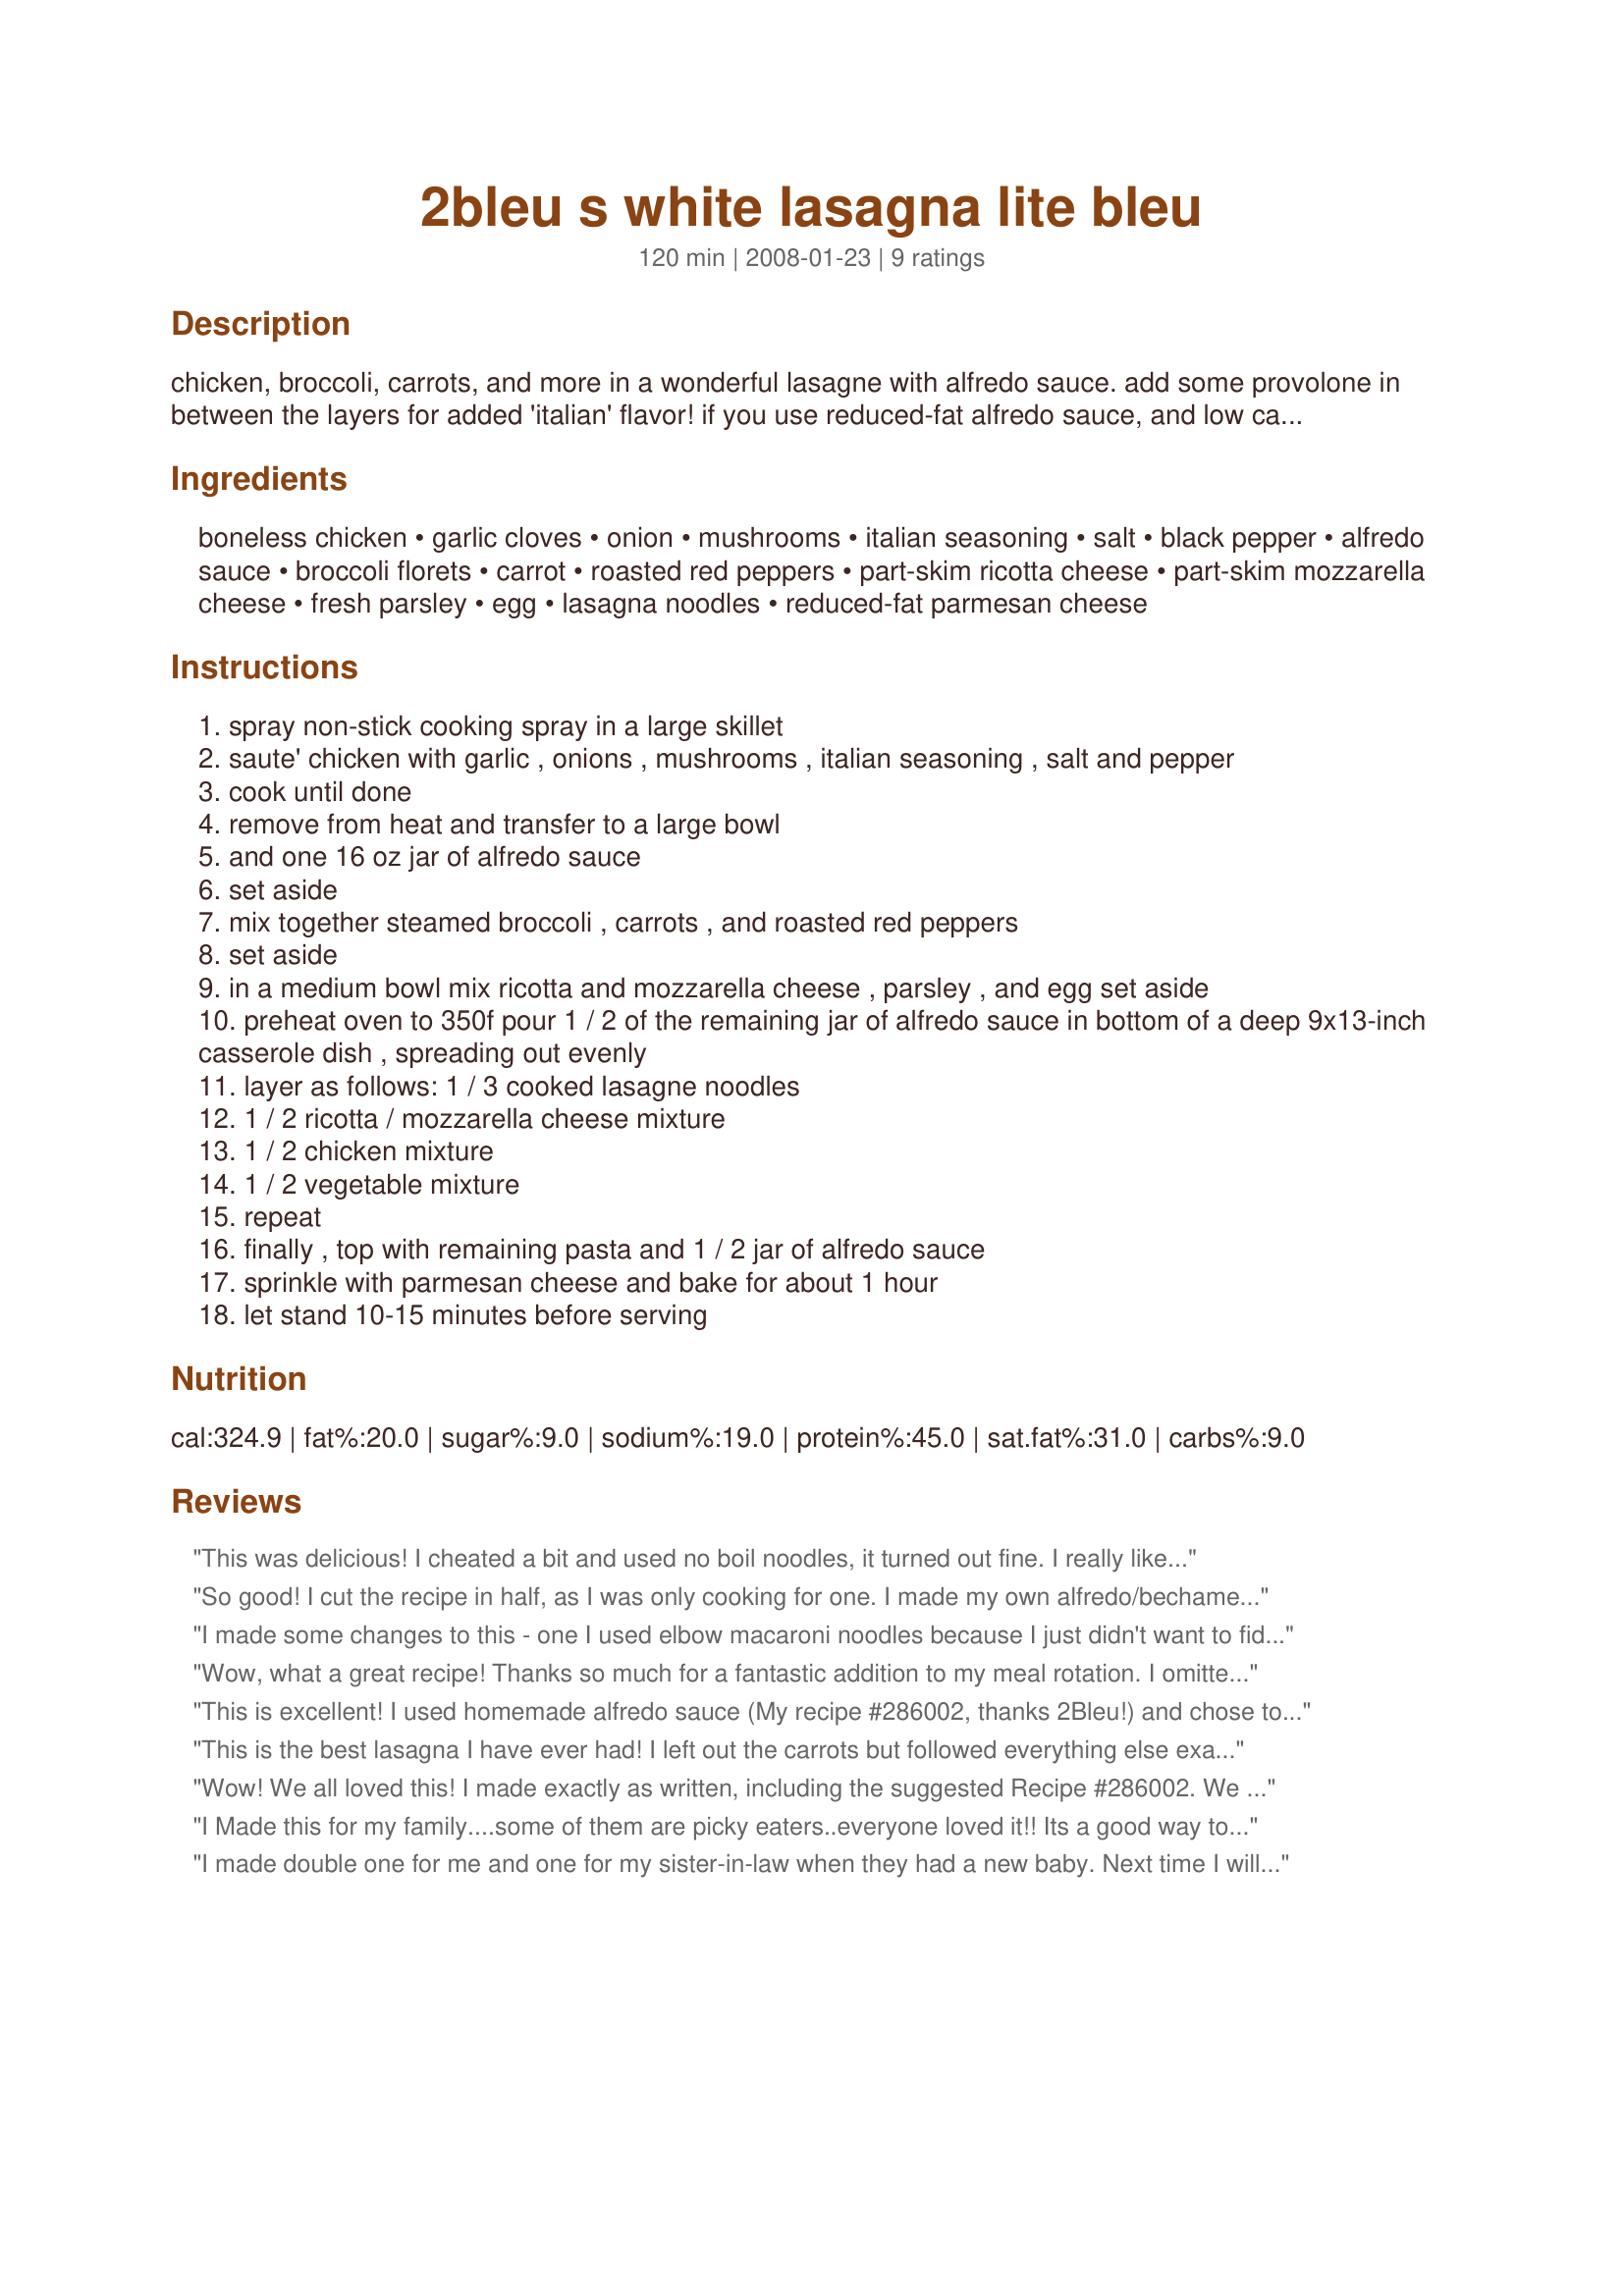
2bleu s white lasagna lite bleu
Preparation time: 120 minutes

chicken, broccoli, carrots, and more in a wonderful lasagne with alfredo sauce. add some provolone in between the layers for added 'italian' flavor! if you use reduced-fat alfredo sauce, and low carb pasta, this will fit into a lite-bleu menu. all lite-bleu recipes are complete meals that we designed for our weight loss diet or recipes that can be prepared for it. be sure and use low fat alfredo sauce. all lite-bleu recipes are complete meals that we designed for our weight loss diet. please visit our homepage for more info.

Ingredients:
boneless chicken, garlic cloves, onion, mushrooms, italian seasoning, salt, black pepper, alfredo sauce, broccoli florets, carrot, roasted red peppers, part-skim ricotta cheese, part-skim mozzarella cheese, fresh parsley, egg, lasagna noodles, reduced-fat parmesan cheese

Steps:
spray non-stick cooking spray in a large skillet
saute' chicken with garlic , onions , mushrooms , italian seasoning , salt and pepper
cook until done
remove from heat and transfer to a large bowl
and one 16 oz jar of alfredo sauce
set aside
mix together steamed broccoli , carrots , and roasted red peppers
set aside
in a medium bowl mix ricotta and mozzarella cheese , parsley , and egg set aside
preheat oven to 350f pour 1 / 2 of the remaining jar of alfredo sauce in bottom of a deep 9x13-inch casserole dish , spreading out evenly
layer as follows: 1 / 3 cooked lasagne noodles
1 / 2 ricotta / mozzarella cheese mixture
1 / 2 chicken mixture
1 / 2 vegetable mixture
repeat
finally , top with remaining pasta and 1 / 2 jar of alfredo sauce
sprinkle with parmesan cheese and bake for about 1 hour
let stand 10-15 minutes before serving

Reviews:
This was delicious!
I cheated a bit and used no boil noodles, it turned out fine.
I really like the veggie component to this and can't wait to try freezing it. This would be a great "new baby casserole"
I used Gatorbek's Alfredo sauce recipe and it's fabulous!
So good! I cut the recipe in half, as I was only cooking for one. I made my own alfredo/bechamel type sauce and I added some finely chopped mushrooms to the ricotta step, which was a nice touch, I also added black pepper to this phase too. Unfortunately, I thought I had some regular noodles and did not think to double check... I only had some no-boil noodles, I'd bought two packages some time ago and didn't really care for them and just never used the 2nd package.... until making this forced me to use them up! I still don't care for no-boil but in this recipe they turned out rather well, considering! It needed longer to bake than what the recipe noted, but it turned out very well! I might try a little more emphasis on rosemary next time, simply for household fondness.
I made some changes to this - one I used elbow macaroni noodles because I just didn't want to fiddle around with lasagna noodles, and two I omitted the mushrooms and added some sliced zucchini in with the vegetable layer. This recipe can be very dependent on what Alfredo sauce you use... but we just loved it and decided that it really didn't even need the chicken. I sprinkled some breadcrumbs on top for a little extra something and even the 3 and 5 year old boys dug in - but they love veggies. I would defiantly make this again!
Wow, what a great recipe! Thanks so much for a fantastic addition to my meal rotation. I omitted the chicken in order to make it a meatless meal and it was still delicious. Again, thanks!
This is excellent! I used homemade alfredo sauce (My recipe #286002, thanks 2Bleu!) and chose to omit the mushrooms. I baked it covered with foil for 40 minutes, then uncovered for 15 minutes. Unfortunately, the perfectionist in me wanted â€œjust a tadâ€� more brown and bubbly on top, so the last 2 minutes under my broiler were a big mistake â€“ I crisped the top a bit too much. However, had I just quit while I was ahead, I would have been pleased with the results. Live and learn. Thanks, Bleu, for an excellent recipe! My kids ate their veggies!
This is the best lasagna I have ever had! I left out the carrots but followed everything else exactly. It was a little expensive and time consuming but so worth it for my fiance's birthday dinner. Even my 8 year old picky daughter liked this and she is a chicken nugget/pizza kinda kid! The alfredo recipe that was recommended was also awesome and I will definitely keep that one! I am very happy I tried this, thanks!
Wow! We all loved this! I made exactly as written, including the suggested Recipe #286002. We will definately make this again! [Made for PRMR]
I Made this for my family....some of them are picky eaters..everyone loved it!! Its a good way to get the kids to eat vegtables!
I made double one for me and one for my sister-in-law when they had a new baby. Next time I will make 2 smaller ones (8 X 8) instead of 1 large (9 X 13). We have 2 adults who love to eat and a 3 year old who sometimes eats. I think the half size would be sufficient for dinner and leftovers for lunch. This dish is amazingly tastey, but very rich so portion sizes were pretty small. I also used no boil noodles which worked out nicely. I used an alfredo with roasted red peppers instead of separate red peppers, part skim ricotta, and 2% milk mozzarella. I tried to save a litle on fat & calories! I thought that it was very good,and I will make again!
